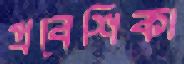
প্রবেশিকা